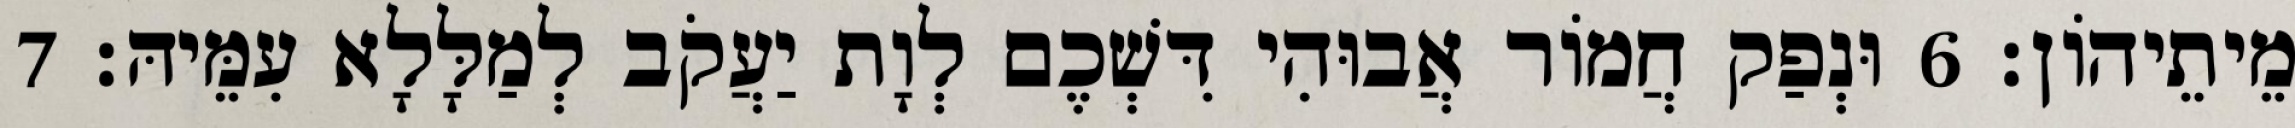
מֵיתֵיהוֹן׃ 6 וּנְפַק חֲמוֹר אֲבוּהִי דִּשְׁכֶם לְוָת יַעֲקֹב לְמַלָּלָא עִמֵּיהּ׃ 7